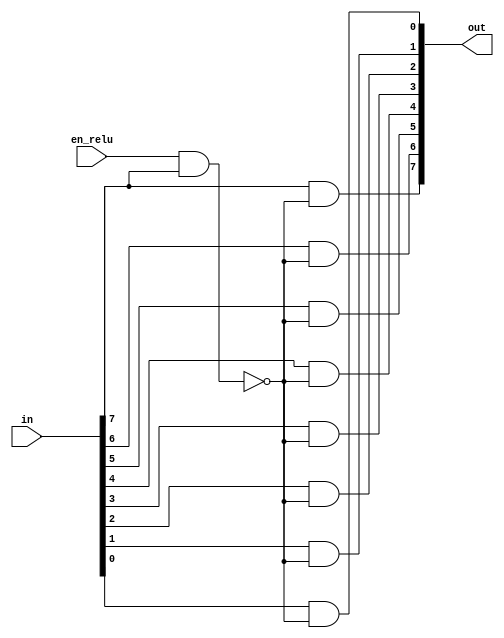
// This program was cloned from: https://github.com/thousrm/universal_NPU-CNN_accelerator
// License: MIT License

module relu(in, en_relu, out);

input [7:0] in;
input en_relu;
output [7:0] out;

wire sel;

assign sel = ~(en_relu & in[7]);

assign out[7] = in[7] & sel;
assign out[6] = in[6] & sel;
assign out[5] = in[5] & sel;
assign out[4] = in[4] & sel;
assign out[3] = in[3] & sel;
assign out[2] = in[2] & sel;
assign out[1] = in[1] & sel;
assign out[0] = in[0] & sel;

/* using mux
assign out[7] = sel ? in[7] : 1'b0;
assign out[6] = sel ? in[7] : 1'b0;
assign out[5] = sel ? in[7] : 1'b0;
assign out[4] = sel ? in[7] : 1'b0;
assign out[3] = sel ? in[7] : 1'b0;
assign out[2] = sel ? in[7] : 1'b0;
assign out[1] = sel ? in[7] : 1'b0;
assign out[0] = sel ? in[7] : 1'b0;
*/

endmodule